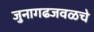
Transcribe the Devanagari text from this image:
जुनागढजवळचे